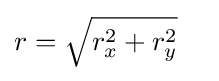
r={\sqrt {r_{x}^{2}+r_{y}^{2}}}\quad